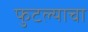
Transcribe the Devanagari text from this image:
फुटल्याचा